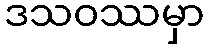
ဒသဝဿမှာ